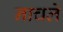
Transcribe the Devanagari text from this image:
नाचले